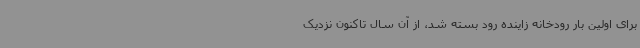
برای اولین بار رودخانه زاینده رود بسته شد، از آن سال تاکنون نزدیک